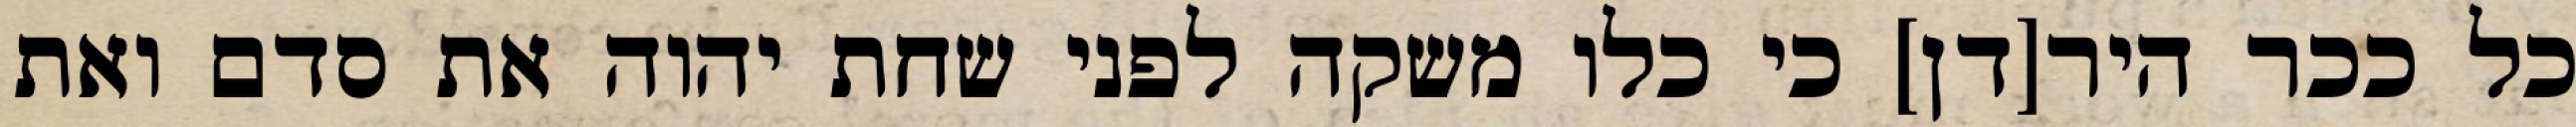
כל ככר היר[דן] כי כלו משקה לפני שחת יהוה את סדם ואת